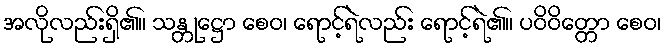
အလိုလည်းရှိ၏။ သန္တုဋ္ဌော စေဝ၊ ရောင့်ရဲလည်း ရောင့်ရဲ၏။ ပဝိဝိတ္တော စေဝ၊